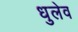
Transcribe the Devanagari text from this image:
धुलेव